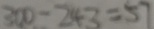
3 0 0 - 2 4 3 = 5 7